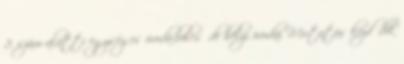
2. szám alatti egységes óvoda-bölcsıde helyi óvodai Mutatás kezdődik